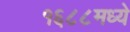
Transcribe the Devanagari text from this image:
१६८८मध्ये